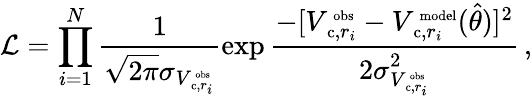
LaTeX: \mathcal{L}=\prod_{i=1}^{N}\frac{1}{\sqrt{2\pi}\sigma_{V_{\mathrm{\small~c},r_{i}}^{\mathrm{\scriptsize~obs}}}}\exp\frac{-[V_{\mathrm{\small~c},r_{i}}^{\mathrm{\scriptsize~obs}}-V_{\mathrm{\small~c},r_{i}}^{\mathrm{\scriptsize~model}}(\hat{\theta})]^{2}}{2\sigma_{V_{\mathrm{\small~c},r_{i}}^{\mathrm{\scriptsize~obs}}}^{2}}\, ,